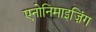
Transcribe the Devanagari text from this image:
एनोनिमाइज़िंग